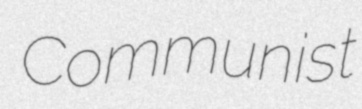
Communist